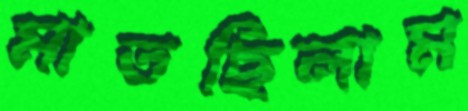
মাতছিলাম